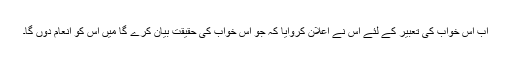
اب اس خواب کی تعبیر کے لئے اس نے اعلان کروایا کہ جو اس خواب کی حقیقت بیان کرے گا میں اس کو انعام دوں گا۔